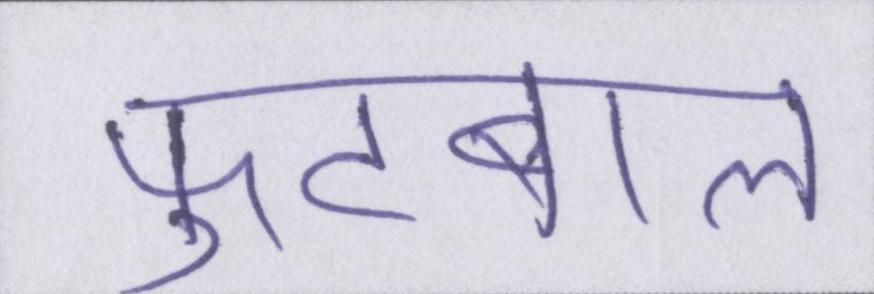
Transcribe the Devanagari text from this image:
फुटबाल